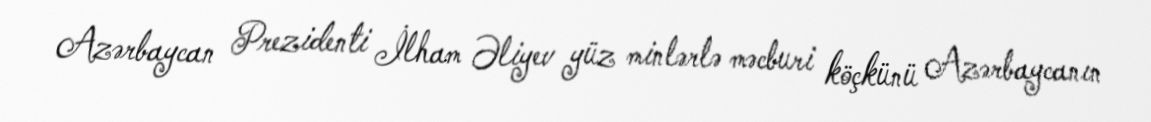
Azərbaycan Prezidenti İlham Əliyev yüz minlərlə məcburi köçkünü Azərbaycanın